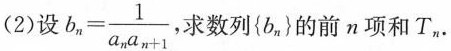
（2）设 $$b_{n}|= \frac{1}{_{}a_{n}|a_{n+1}}$$, 求数列{b_{n}|} 的前n项和T_{n}|.